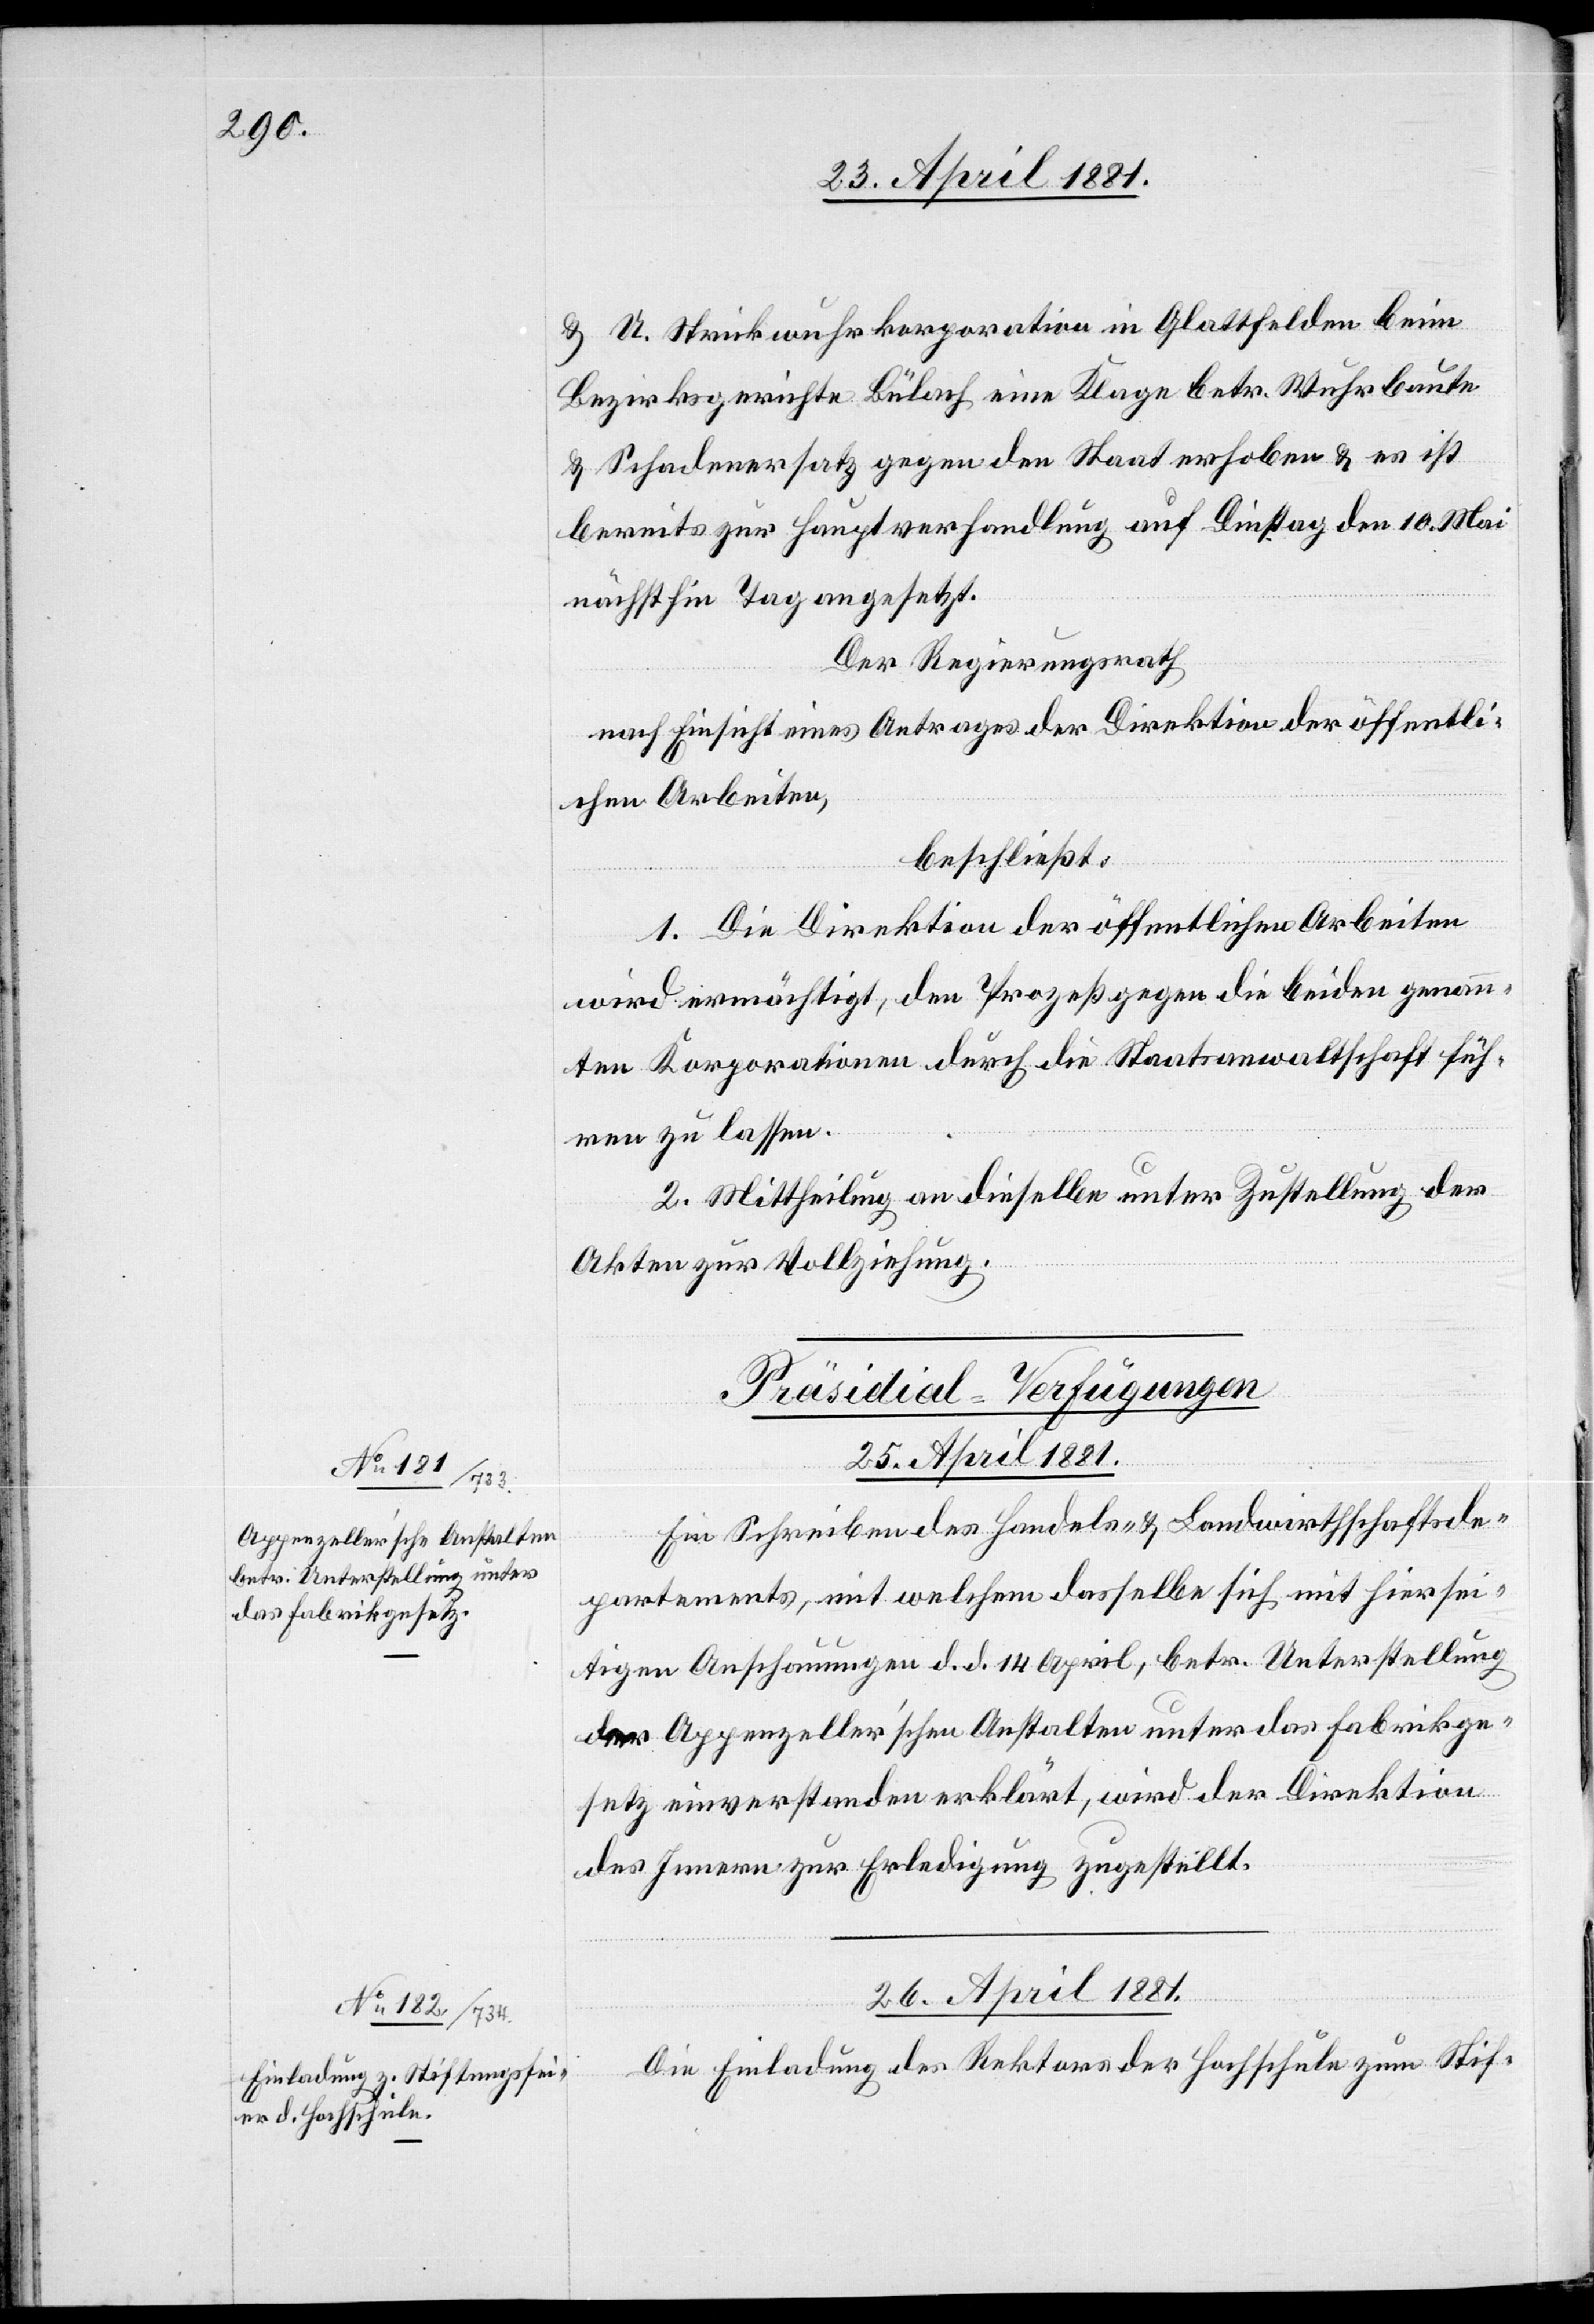
& U. Strickwuhrkorporation in Glattfelden beim
Bezirksgerichte Bülach eine Klage betr. Wuhrbaute
& Schadenersatz gegen den Staat erhoben & es ist
bereits zur Hauptverhandlung auf Dienstag den 10. Mai
nächsthin Tag angesetzt.
Der Regierungsrath,
nach Einsicht eines Antrages der Direktion öffentli¬
chen Arbeiten,
beschließt:
1. Die Direktion öffentlichen Arbeiten
wird ermächtigt, den Prozeß gegen die beiden genann¬
ten Korporationen durch die Staatsanwaltschaft füh¬
ren zu lassen.
2. Mittheilung an dieselbe unter Zustellung der
Akten zur Vollziehung.
[Präsidial-Verfügungen]
25. April 1881.
Ein Schreiben des Handels- & Landwirtschaftsde¬
partements, mit welchen dasselbe sich mit hiersei¬
tigen Anschauungen d. d. 14. April, betr. Unterstellung
der Appenzeller’schen Anstalten unter das Fabrikge¬
setz einverstanden erklärt, wird der Direktion
des Innern zur Erledigung zugestellt.
26. April 1881.
Die Einladung des Rektors der Hochschule zum Stif-